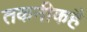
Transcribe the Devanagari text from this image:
तकनीकहै